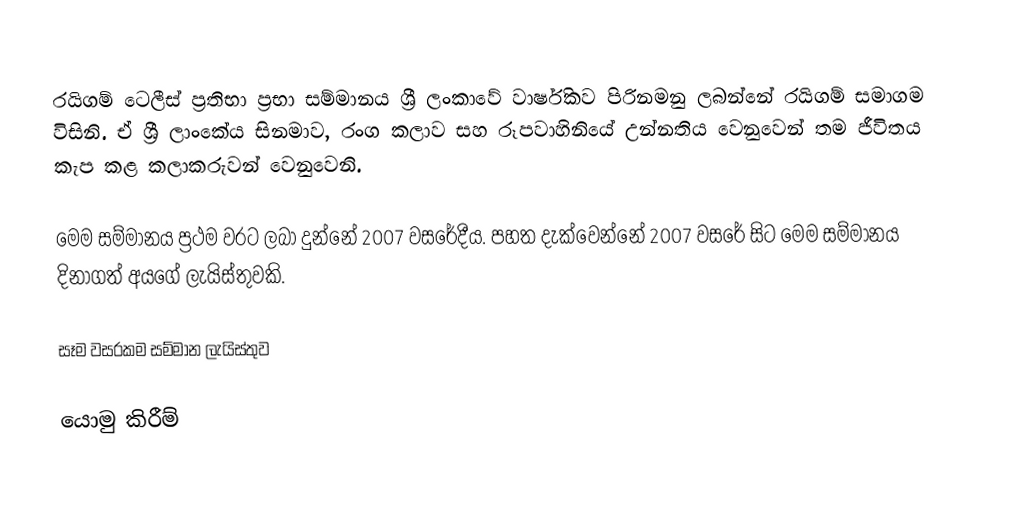
රයිගම් ටෙලීස් ප්‍රතිභා ප්‍රභා සම්මානය ශ්‍රී ලංකාවේ වාර්ෂිකව පිරිනමනු ලබන්නේ රයිගම් සමාගම විසිනි. ඒ ශ්‍රී ලාංකේය සිනමාව, රංග කලාව සහ රූපවාහිනියේ උන්නතිය වෙනුවෙන් තම ජීවිතය කැප කළ කලාකරුවන් වෙනුවෙනි.

මෙම සම්මානය ප්‍රථම වරට ලබා දුන්නේ 2007 වසරේදීය. පහත දැක්වෙන්නේ 2007 වසරේ සිට මෙම සම්මානය දිනාගත් අයගේ ලැයිස්තුවකි.

සෑම වසරකම සම්මාන ලැයිස්තුව

යොමු කිරීම්